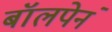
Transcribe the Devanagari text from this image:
बॉलपेनं